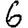
Digit: 6